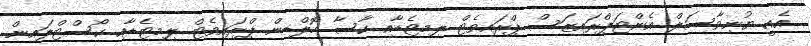
އެއީ ޔުނިވާސަލް އެންޓަޕްރައިޒަސް ޕްރައިވެޓް ލިމިޓެޑާއި ކާސާ ހޮލްޑިން ޕްރައިވެޓް ލިމިޓެޑާއި ކޯސްޓްލައިން